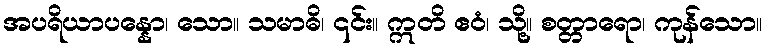
အပရိယာပန္နော၊ သော။ သမာဓိ၊ ၎င်း။ ဣတိ ဧဝံ၊ သို့။ စတ္တာရော၊ ကုန်သော။